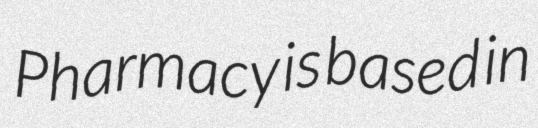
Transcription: Pharmacy is based in